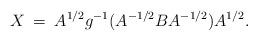
LaTeX: \begin{align*}X \:=\: A^{1/2} g^{-1}(A^{-1/2}BA^{-1/2}) A^{1/2}.\end{align*}